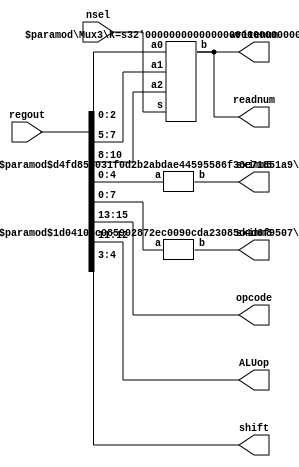
module instruction_decoder(regout, nsel, opcode, ALUop, sximm5, sximm8, shift, readnum, writenum);
    parameter n = 1;
    input [15:0] regout;
    input [2:0] nsel;
    output [2:0] opcode;
    
    output [1:0] ALUop;
    output [15:0] sximm5;
    output [15:0] sximm8;
    output [1:0] shift;
    output [2:0] readnum;
    output [2:0] writenum;
    
    wire [2:0] Rn;
    wire [2:0] Rd;
    wire [2:0] Rm;
    wire [2:0] Rout;
    
    wire [4:0] imm5;
    wire [7:0] imm8;
    
	 //Assigning bits of instruction input from instruction reg to different wire connections to the FSM and datapath.
    assign opcode = regout[15:13];
    assign ALUop =  regout[12:11];
    assign shift = regout [4:3];
    assign imm5 = regout[4:0];
    assign imm8 = regout[7:0];
    
	 //Perform sign extension on 5 and 8 bit values to 16 bit signed values to be passed to datapath.
    SignExtend #(5,16) se1(imm5,sximm5);
    SignExtend #(8,16) se2(imm8,sximm8);
    
	 //Defining more bits of instruction input for the different addresses (if necessary.)
    assign Rn = regout[10:8];
    assign Rd = regout[7:5]; 
    assign Rm = regout[2:0];
    
	 //Instantiate a mux to select readnum and writenum outputs.
    Mux3 #(3) mx1(Rn,Rd,Rm,nsel,Rout);
    
	 //Output the same value for readnum and writenum to datapath. FSM will dictate which one to use.
    assign readnum = Rout;
    assign writenum = Rout;
endmodule

//Module SignExtend from Dally pg. 222
//Module performs sign extension of a given input.
module SignExtend(a, b) ; 
    parameter n=2 ;
    parameter m=4 ; 
    
    input [n-1:0] a ; 
    output [m-1:0] b ;
    
    assign b = {{n{a[n-1]}},a};
endmodule
 
//Mux module for selecting the readnum and writenum values based on the 3-bit 1 hot nsel.
module Mux3(a2,a1,a0,s,b);
    parameter k=1;
    input [k-1:0] a0,a1,a2;
    input [2:0] s;
    output [k-1:0] b;
    wire [k-1:0] b = ({k{s[2]}} & a0) |
                      ({k{s[1]}} & a1) |
                      ({k{s[0]}} & a2);
endmodule